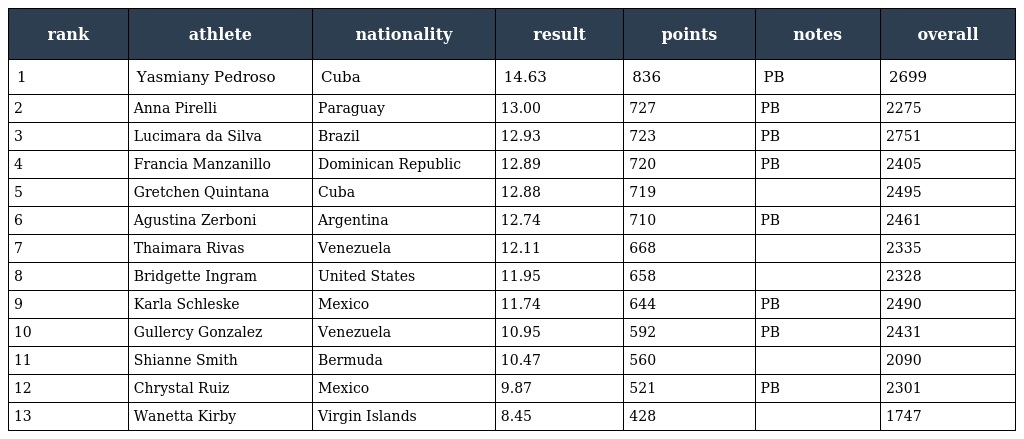
| rank | athlete | nationality | result | points | notes | overall |
 | --- | --- | --- | --- | --- | --- | --- |
 | 1 | Yasmiany Pedroso | Cuba | 14.63 | 836 | PB | 2699 |
 | 2 | Anna Pirelli | Paraguay | 13.00 | 727 | PB | 2275 |
 | 3 | Lucimara da Silva | Brazil | 12.93 | 723 | PB | 2751 |
 | 4 | Francia Manzanillo | Dominican Republic | 12.89 | 720 | PB | 2405 |
 | 5 | Gretchen Quintana | Cuba | 12.88 | 719 |  | 2495 |
 | 6 | Agustina Zerboni | Argentina | 12.74 | 710 | PB | 2461 |
 | 7 | Thaimara Rivas | Venezuela | 12.11 | 668 |  | 2335 |
 | 8 | Bridgette Ingram | United States | 11.95 | 658 |  | 2328 |
 | 9 | Karla Schleske | Mexico | 11.74 | 644 | PB | 2490 |
 | 10 | Gullercy Gonzalez | Venezuela | 10.95 | 592 | PB | 2431 |
 | 11 | Shianne Smith | Bermuda | 10.47 | 560 |  | 2090 |
 | 12 | Chrystal Ruiz | Mexico | 9.87 | 521 | PB | 2301 |
 | 13 | Wanetta Kirby | Virgin Islands | 8.45 | 428 |  | 1747 |